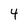
Character: 4